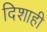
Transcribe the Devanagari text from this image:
दिशाही